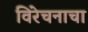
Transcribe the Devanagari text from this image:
विरेचनाचा